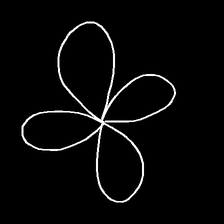
Glyph: billowing